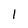
Character: I